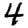
Digit: 4